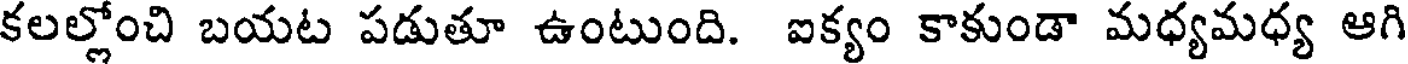
కలల్లోంచి బయట పడుతూ ఉంటుంది. ఐక్యం కాకుండా మధ్యమధ్య ఆగి